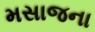
મસાજના